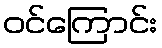
ဝင်ကြောင်း